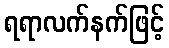
ရရာလက်နက်ဖြင့်